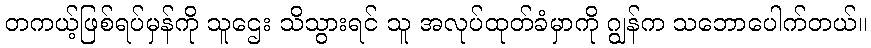
တကယ့်ဖြစ်ရပ်မှန်ကို သူဌေး သိသွားရင် သူ အလုပ်ထုတ်ခံမှာကို ဂျွန်က သဘောပေါက်တယ်။